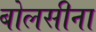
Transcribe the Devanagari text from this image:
बोलसीना